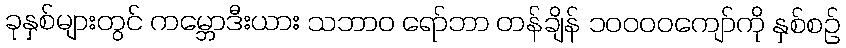
ခုနှစ်များတွင် ကမ္ဘောဒီးယား သဘာဝ ရော်ဘာ တန်ချိန် ၁၀၀၀၀ကျော်ကို နှစ်စဉ်